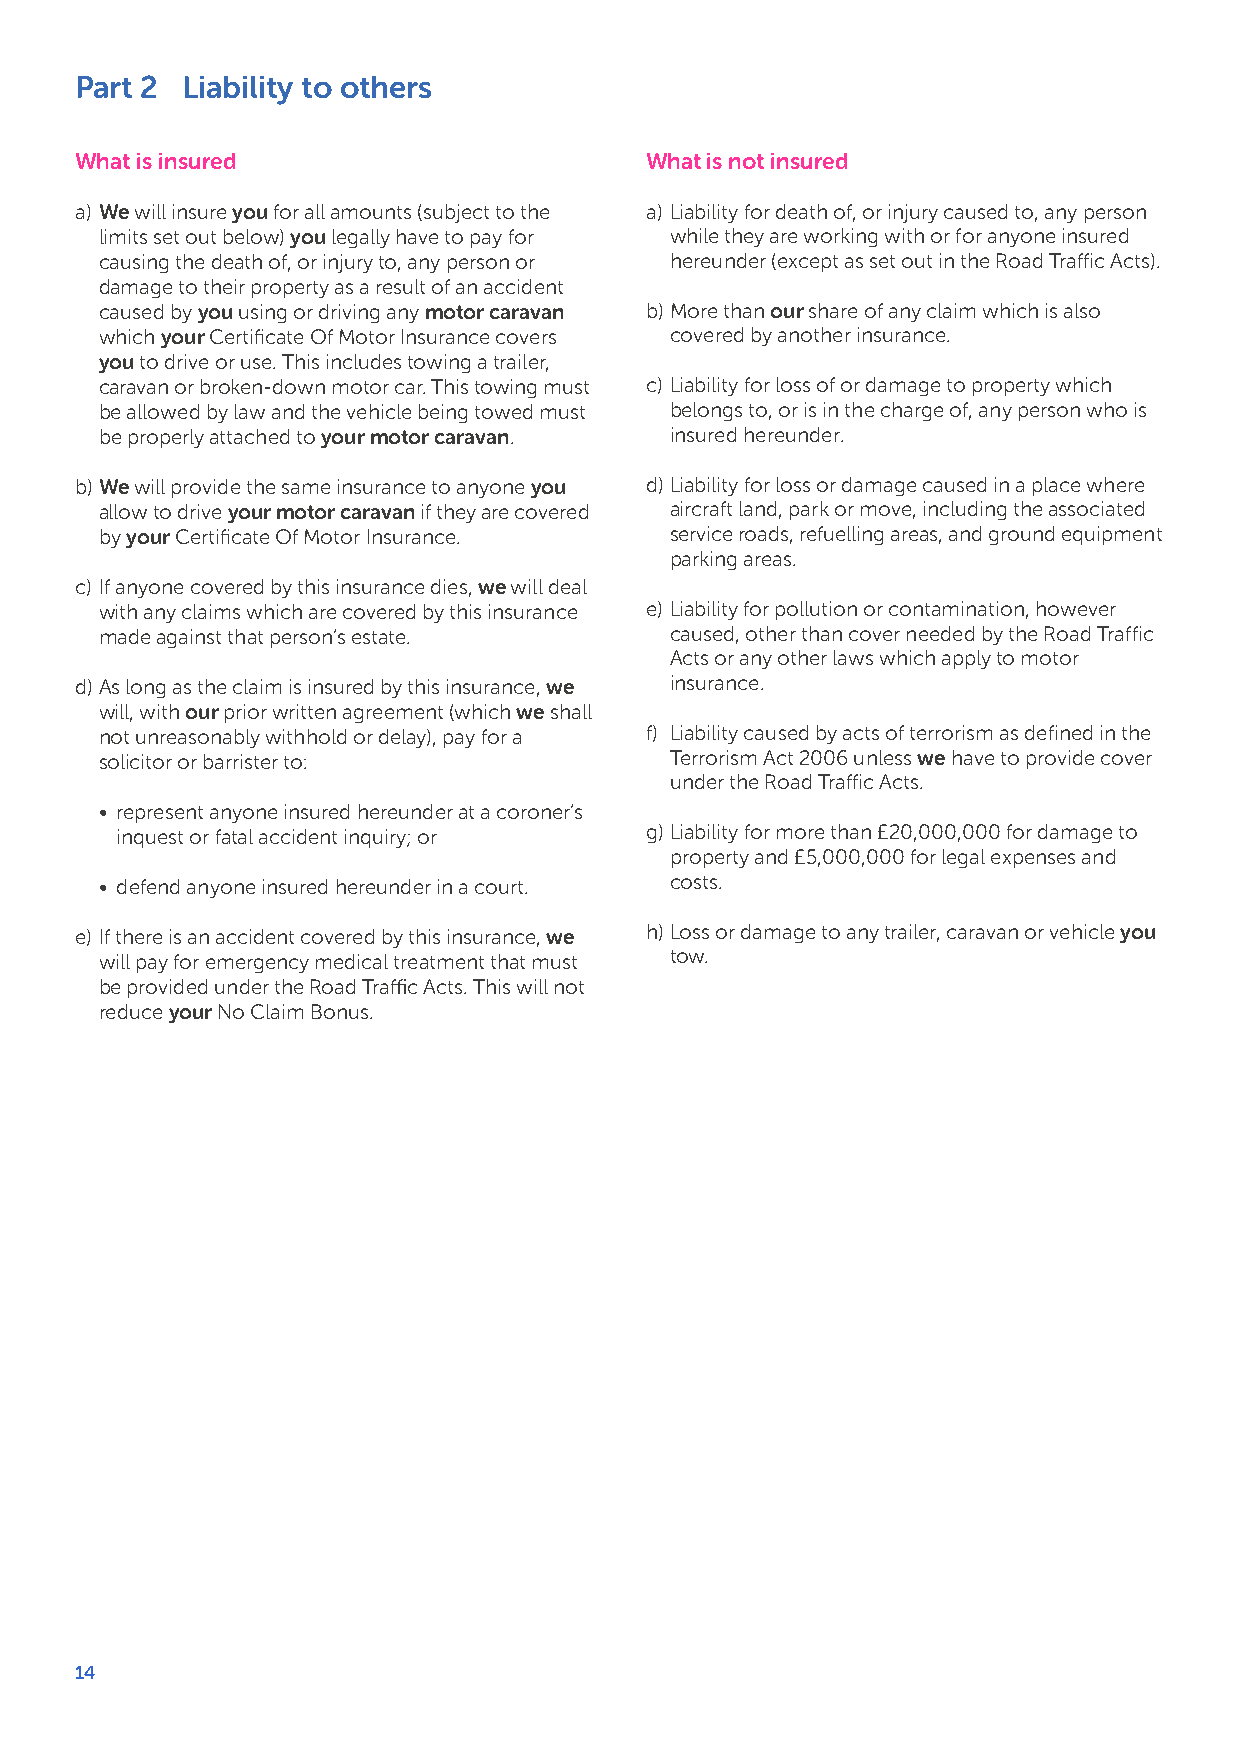
Part 2 Liability to others
 What is insured                       What is not insured
 a) We will insure you for all amounts (subject to the a) Liability for death of, or injury caused to, any person
 limits set out below) you legally have to pay for while they are working with or for anyone insured
 causing the death of, or injury to, any person or hereunder (except as set out in the Road Traffic Acts).
 damage to their property as a result of an accident
 caused by you using or driving any motor caravan b)More than our share of any claim which is also
 which your Certificate Of Motor Insurance covers covered by another insurance.
 you to drive or use. This includes towing a trailer,
 caravan or broken-down motor car. This towing must c) Liability for loss of or damage to property which
 be allowed by law and the vehicle being towed must belongs to, or is in the charge of, any person who is
 be properly attached to your motor caravan. insured hereunder.
 b)We will provide the same insurance to anyone you d)Liability for loss or damage caused in a place where
 allow to drive your motor caravan if they are covered aircraft land, park or move, including the associated
 by your Certificate Of Motor Insurance. service roads, refuelling areas, and ground equipment
 parking areas.
 c) If anyone covered by this insurance dies, we will deal
 with any claims which are covered by this insurance e) Liability for pollution or contamination, however
 made against that person’s estate.   caused, other than cover needed by the Road Traffic
 Acts or any other laws which apply to motor
 d)As long as the claim is insured by this insurance, we insurance.
 will, with our prior written agreement (which we shall
 not unreasonably withhold or delay), pay for a f) Liability caused by acts of terrorism as defined in the
 solicitor or barrister to:           Terrorism Act 2006 unless we have to provide cover
 under the Road Traffic Acts.
 • represent anyone insured hereunder at a coroner’s
 inquest or fatal accident inquiry; or g)Liability for more than £20,000,000 for damage to
 property and £5,000,000 for legal expenses and
 • defend anyone insured hereunder in a court. costs.
 e) If there is an accident covered by this insurance, we h)Loss or damage to any trailer, caravan or vehicle you
 will pay for emergency medical treatment that must tow.
 be provided under the Road Traffic Acts. This will not
 reduce your No Claim Bonus.
 14